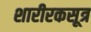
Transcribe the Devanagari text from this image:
शारीरकसूत्र